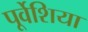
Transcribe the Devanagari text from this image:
पूर्वेशिया